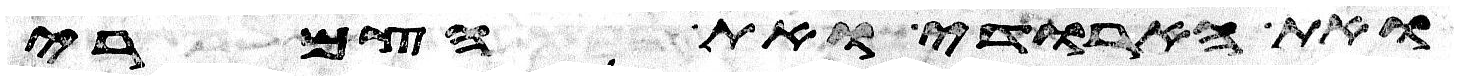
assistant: ואת הארודי ואת הצמרי